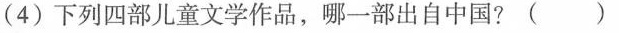
(4)下列四部儿童文学作品，哪一部出自中国?（）